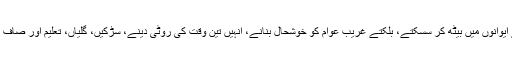
آج تک یہی بے رحم ایلیٹ کلاس اقتدار کے ایوانوں میں بیٹھ کر سسکتے، بلکتے غریب عوام کو خوشحال بنانے، انہیں تین وقت کی روٹی دینے، سڑکیں، گلیاں، تعلیم اور صاف پانی فراہم کرنے کے نعرے لگاتی آئی ہے۔